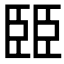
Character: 𦣦